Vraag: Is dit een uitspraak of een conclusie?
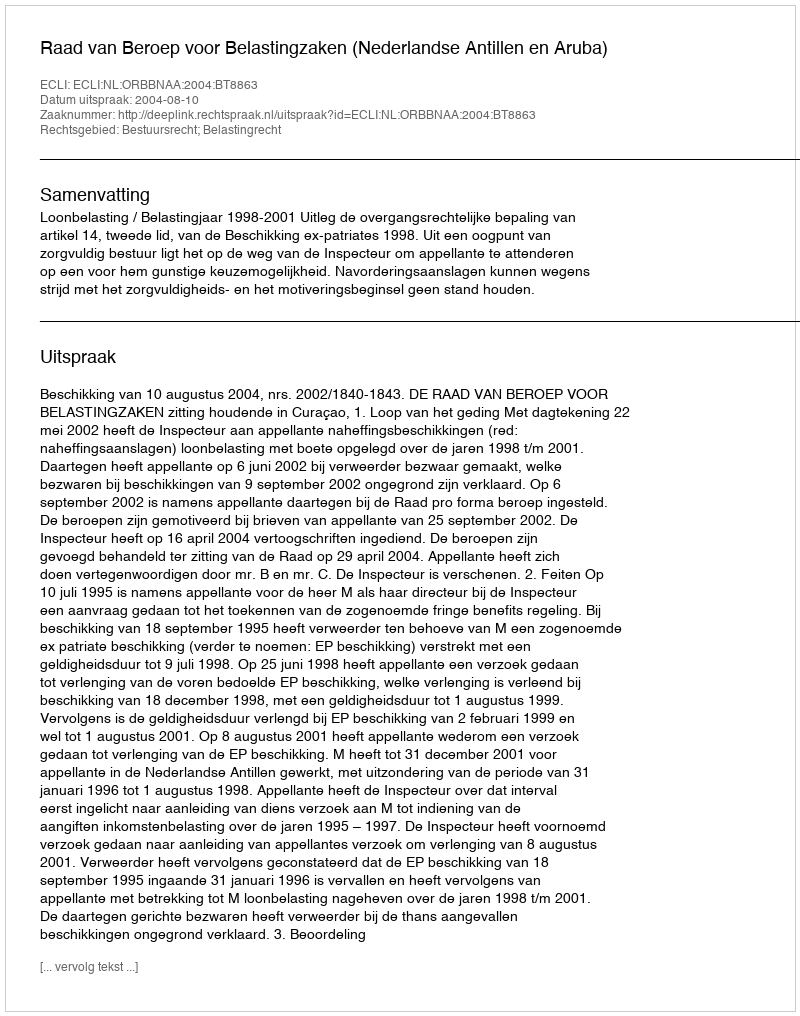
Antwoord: Uitspraak